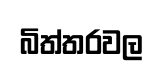
බිත්තරවල